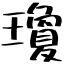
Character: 瓊